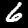
Label: 6